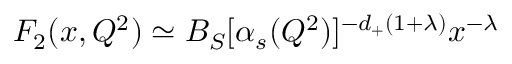
F _ { 2 } ( x , Q ^ { 2 } ) \simeq B _ { S } [ \alpha _ { s } ( Q ^ { 2 } ) ] ^ { - d _ { + } ( 1 + \lambda ) } x ^ { - \lambda }